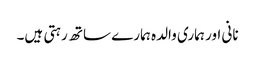
نانی اور ہماری والدہ ہمارے ساتھ رہتی ہیں۔